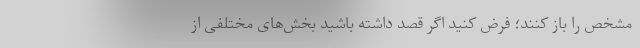
مشخص را باز کنند؛ فرض کنید اگر قصد داشته باشید بخش‌های مختلفی از